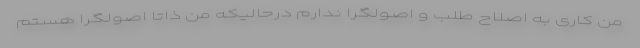
من کاری به اصلاح طلب و اصولگرا ندارم درحالیکه من ذاتا اصولگرا هستم